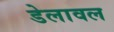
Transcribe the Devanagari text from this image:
डेलावल